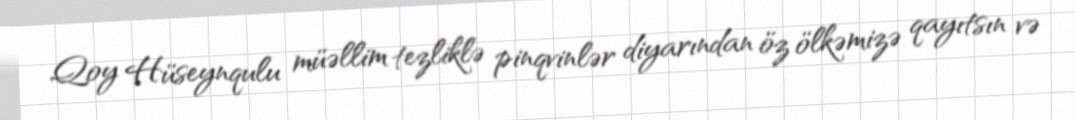
Qoy Hüseynqulu müəllim tezliklə pinqvinlər diyarından öz ölkəmizə qayıtsın və